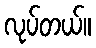
လုပ်တယ်။